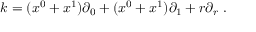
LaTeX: k = ( x ^ { 0 } + x ^ { 1 } ) \partial _ { 0 } + ( x ^ { 0 } + x ^ { 1 } ) \partial _ { 1 } + r \partial _ { r } \; .